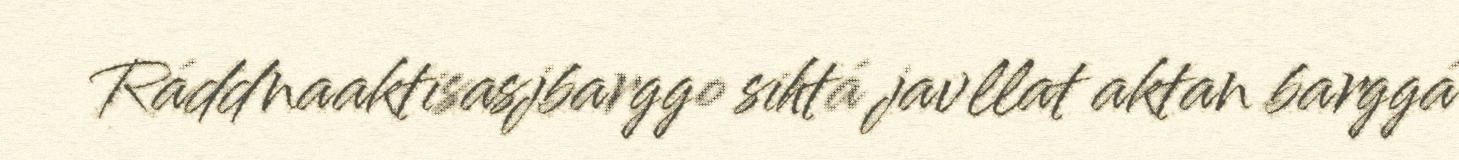
Ráddnaaktisasjbarggo sihtá javllat aktan barggá